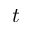
t